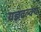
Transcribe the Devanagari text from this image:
यज्ञवल्क्य